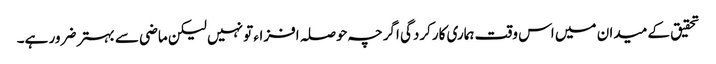
تحقیق کے میدان میں اس وقت ہماری کارکردگی اگرچہ حوصلہ افزاء تو نہیں لیکن ماضی سے بہتر ضرور ہے۔